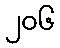
၂၀၆